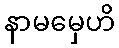
နာမမှေဟိ